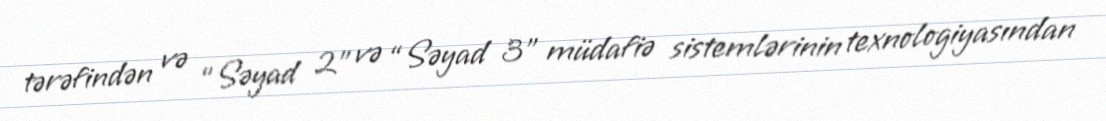
tərəfindən və “Səyad 2” və “Səyad 3” müdafiə sistemlərinin texnologiyasından